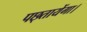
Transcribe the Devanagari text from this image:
पछ्तायेंगा।